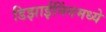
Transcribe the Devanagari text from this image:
डिझाईनिंगमध्ये